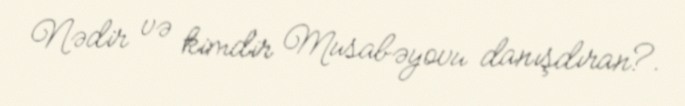
Nədir və kimdir Musabəyovu danışdıran?.